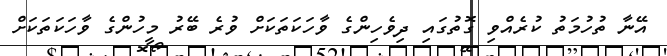
އޭނާ ތުހުމަތު ކުރެއްވި ގޮތުގައި ދިވެހިންގެ ވާހަކަތަކަށް ވުރެ ބޭރު މީހުންގެ ވާހަކަތަކަށް